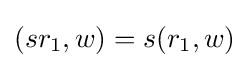
(sr_{1},w)=s(r_{1},w)